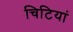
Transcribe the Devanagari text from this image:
चिटियां